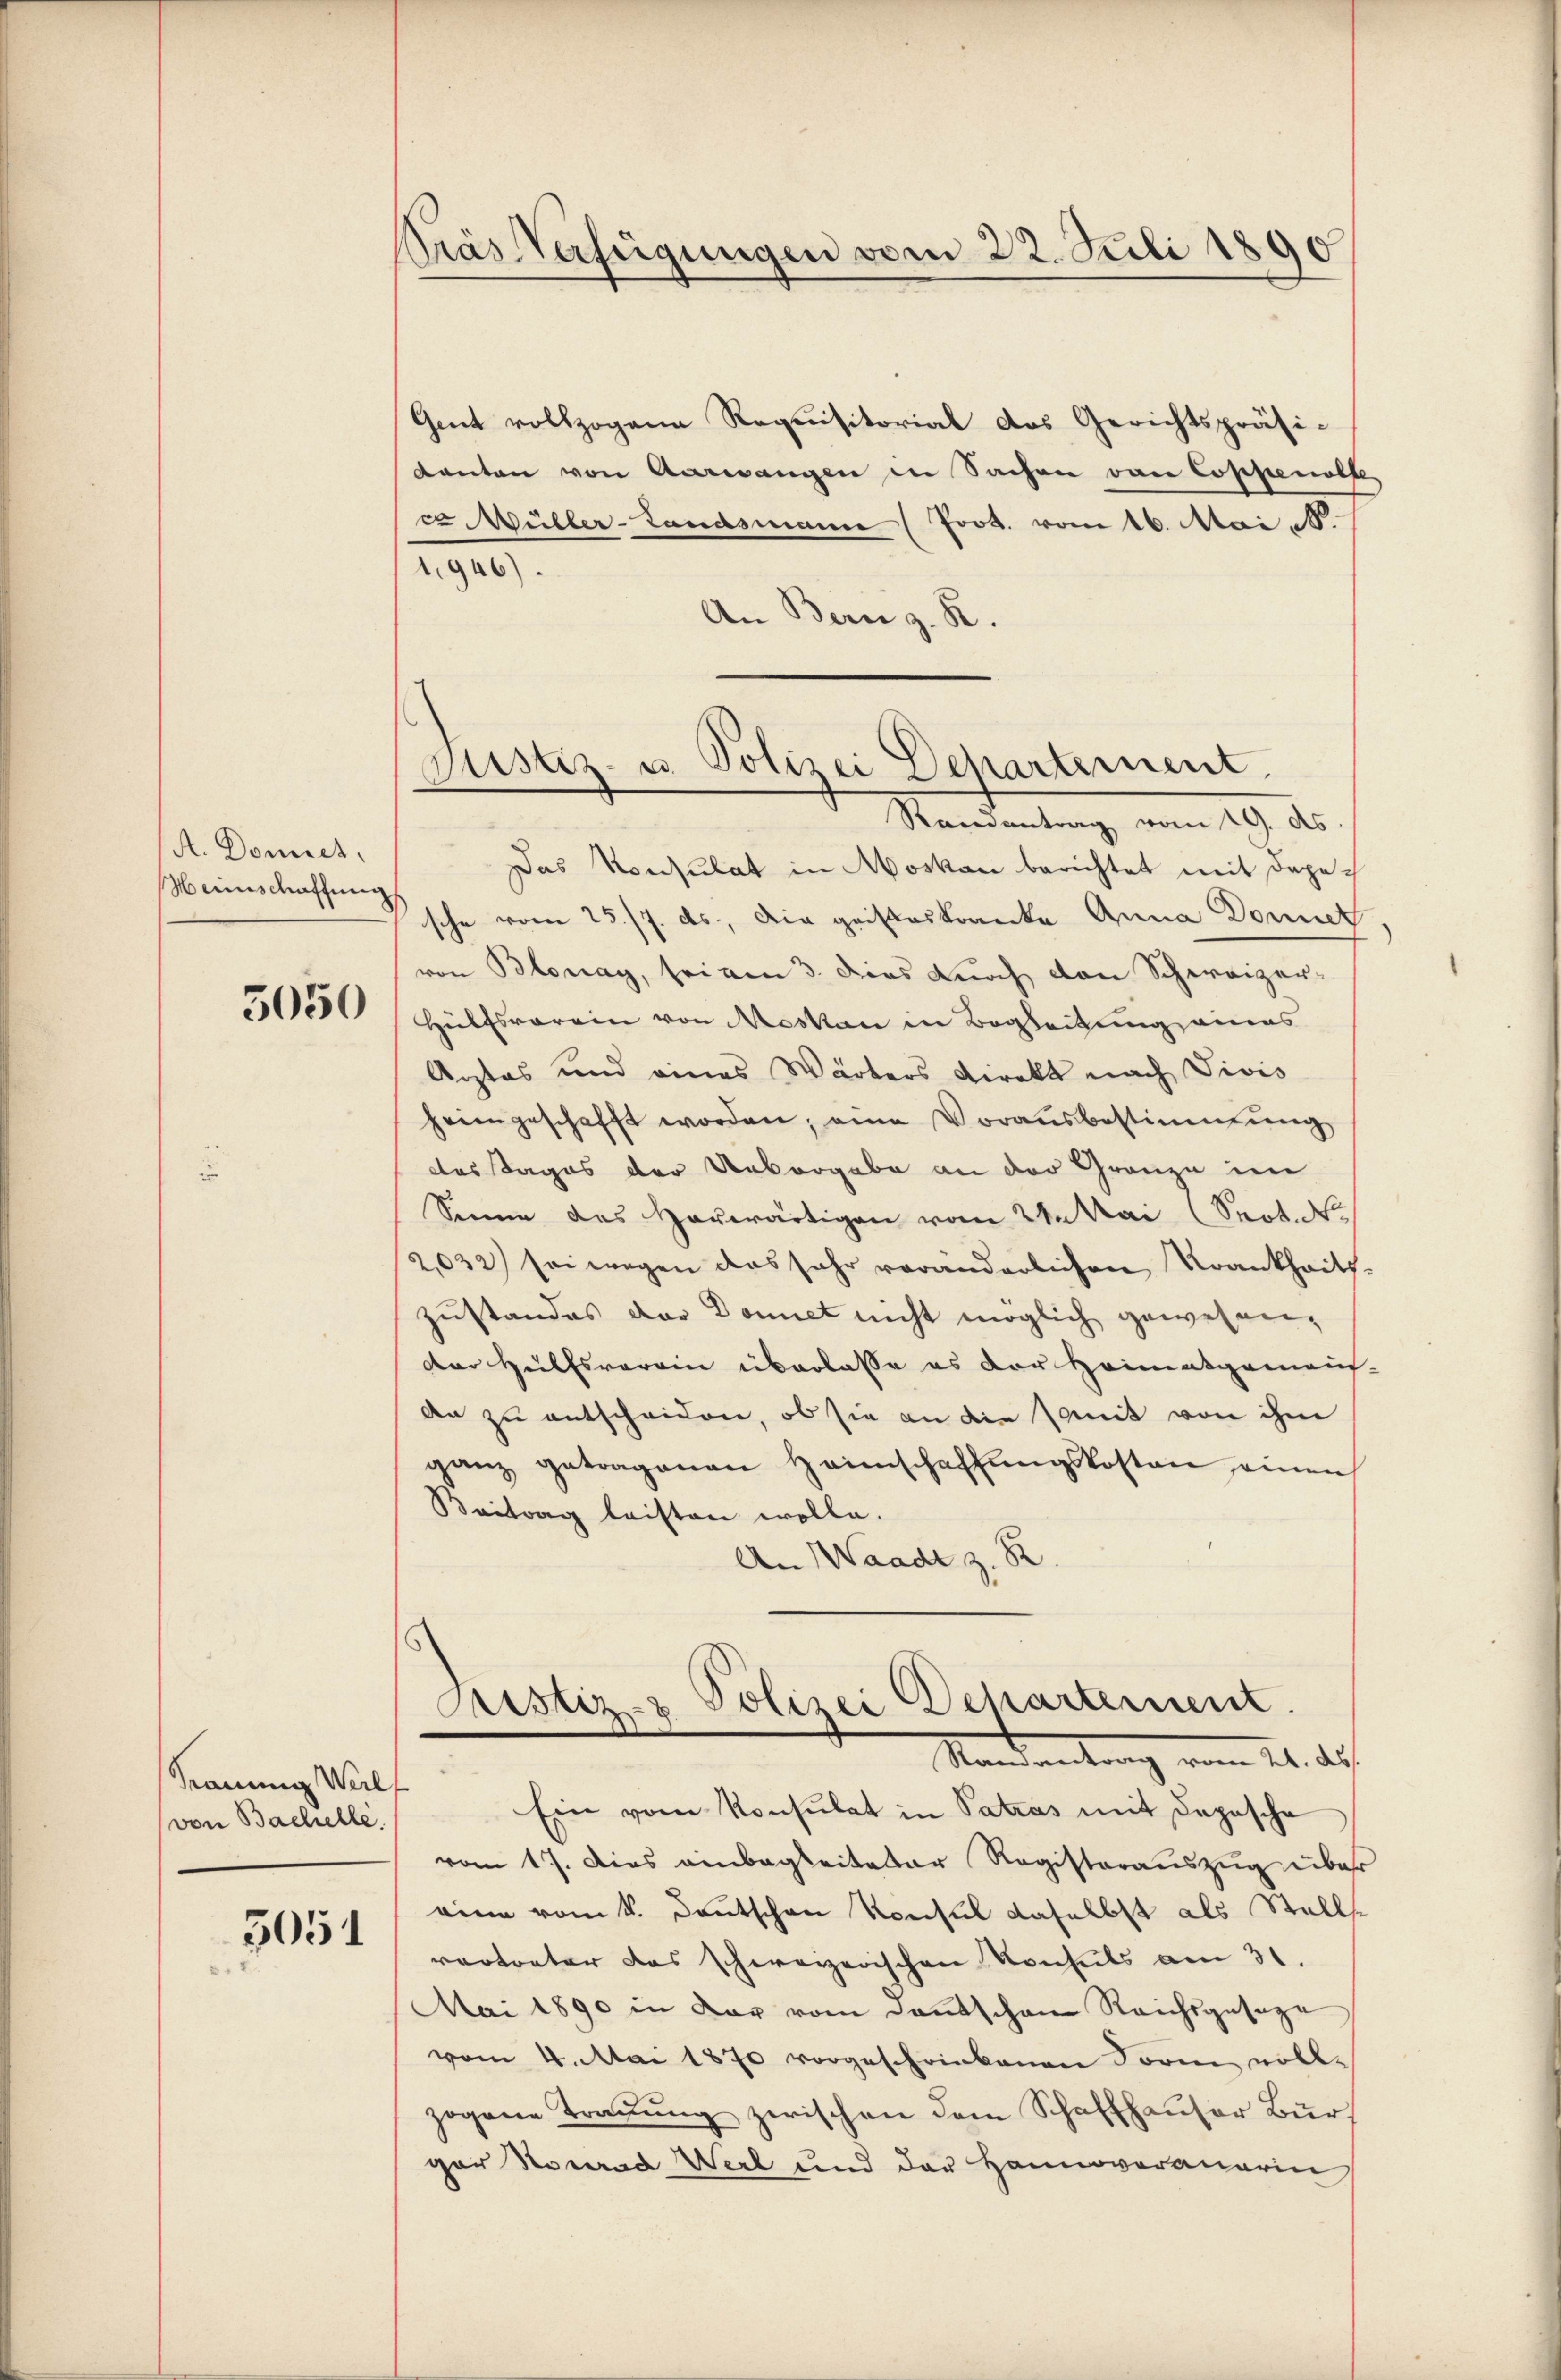
A. Domict.
Menschaffung

5050

Kauung Werlf
von Bachelle.

5051

Pras Verfügungen vom 22. Juli 1890

Gent vollzogene Requisitorial das Gerichtspräsi-
Kanton von Aaresangen in Sachen von Coppenolle
c Müller-Landsmann (Joot. vom 16. Mai
1946).
An Bern z. R.

Justiz- u. Polizei Departement
Ramantrag vom 19. ds.

Das Konsulat in Moskau berichtet mit dagesche vom 25./7. ds., die geisteskranke Anna Donnel
von Blonay, sei am 3. Dies durch von Schweizer-
Hülfsrarein von Moskau in Begleitung eines
Arztes und eines Wärters Direkt nach Vivis
heimgeschafft worden, eine Vorausbestimmung
des Tages der Uebergabe an der Gränze im
Sinne das Horwärtigen vom 21. Mai (Sept. d.
2,032) sei wegen das sehr veränderlichen Krankheitszustandes der Donnet nicht möglich gewesen,
der Hülfsverein überlasse es der Heimatgemein
An zu entscheiden, ob sie an die seit von ihm
ganz getragenen Heimschaffŭngskosten einen
Baitrag leisten wolle.
An Waadt z. B.
Justiz- & Polizei Departement
Standentrag vom 21. des
Ein vom Konsulat in Patras mit Depesche
vom 17. Dies einbegleiteter Registerauszug über
eine vom 4. Deutschen Konsul daselbst als Stell
vertreter das schweizerischen Konseits am 31.
Mai 1890 in der vom Dantschen Reichsgesage
vom 4. Mai 1870 vorgeschriebenen Form voll-
zogene Trauung zwischen dem Schaffhauser Burger Konrad Wert und der Hannoveranarin